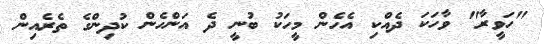
"ހަވީރާ" ވާހަކަ ދެއްކި އެހެން މީހަކު ބުނީ ދެ އަންހެން ކުދިންގެ ތެރެއިން